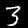
Label: 3